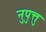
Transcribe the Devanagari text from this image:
नुपुत्तु